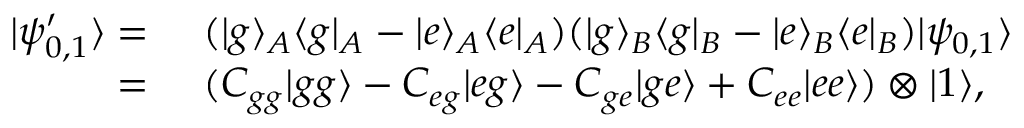
\begin{array} { r l } { | \psi _ { 0 , 1 } ^ { \prime } \rangle = } & { { } ~ ( | g \rangle _ { A } \langle g | _ { A } - | e \rangle _ { A } \langle e | _ { A } ) ( | g \rangle _ { B } \langle g | _ { B } - | e \rangle _ { B } \langle e | _ { B } ) | \psi _ { 0 , 1 } \rangle } \\ { = } & { { } ~ ( C _ { g g } | g g \rangle - C _ { e g } | e g \rangle - C _ { g e } | g e \rangle + C _ { e e } | e e \rangle ) \otimes | 1 \rangle , } \end{array}